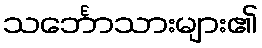
သင်္ဘောသားများ၏